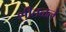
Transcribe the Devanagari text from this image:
शीतळले